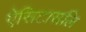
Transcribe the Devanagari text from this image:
ऐसिटासलि